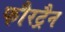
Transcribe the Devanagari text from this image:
फौरट्रैन